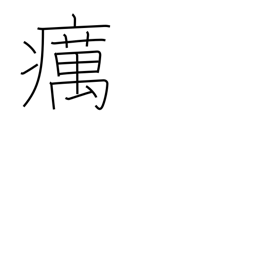
Meaning: leprosy